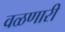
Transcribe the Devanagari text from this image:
वळणारी